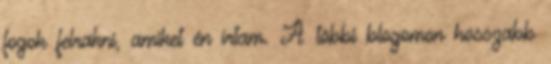
fogok felrakni, amiket én írtam. A többi blogomon hosszabb